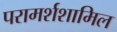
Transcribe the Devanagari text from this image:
परामर्शशामिल